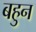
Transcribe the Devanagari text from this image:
बहुन